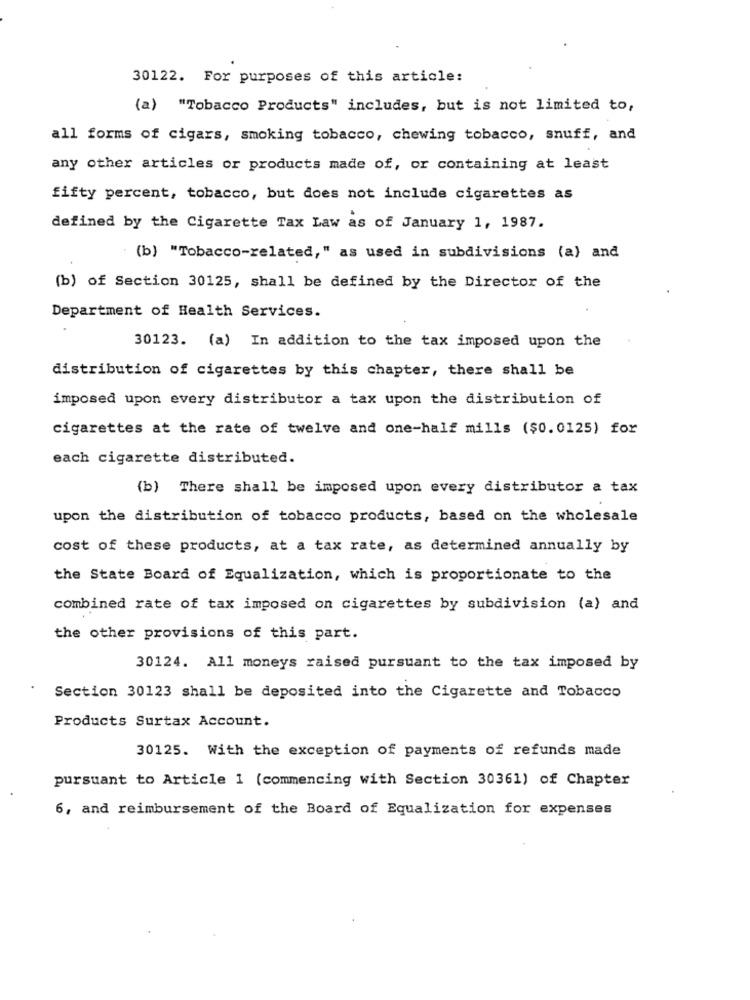
30122. For purposes of this article:
(a) "Tobacco Products" includes, but is not limited to,
all forms of cigars, smoking tobacco, chewing tobacco, snuff, and
any other articles or products made of, or containing at least
fifty percent, tobacco, but does not include cigarettes as
defined by the Cigarette Tax Law as of January 1, 1987.
(b) "Tobacco-related," as used in subdivisions (a) and
(b) of Section 30125, shall be defined by the Director of the
Department of Health Services.
30123. (a) In addition to the tax imposed upon the
distribution of cigarettes by this chapter, there shall be
imposed upon every distributor a tax upon the distribution of
cigarettes at the rate of twelve and one-half mills ($0.0125) for
each cigarette distributed.
(b) There shall be imposed upon every distributor a tax
upon the distribution of tobacco products, based on the wholesale
cost of these products, at a tax rate, as determined annually by
the State Board of Equalization, which is proportionate to the
combined rate of tax imposed on cigarettes by subdivision (a) and
the other provisions of this part.
30124. All moneys raised pursuant to the tax imposed by
Section 30123 shall be deposited into the Cigarette and Tobacco
Products Surtax Account.
30125. With the exception of payments of refunds made
pursuant to Article 1 (commencing with Section 30361) of Chapter
6, and reimbursement of the Board of Equalization for expenses